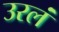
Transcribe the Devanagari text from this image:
उरलं